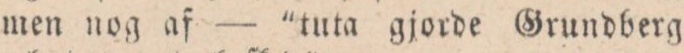
men nog af— ”tuta gjorde Grundberg